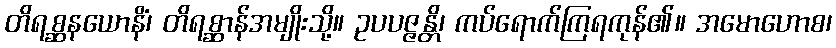
တိရစ္ဆနယောနိံ၊ တိရစ္ဆာန်အမျိုးသို့။ ဥပပဇ္ဇန္တိ၊ ကပ်ရောက်ကြရကုန်၏။ အမောဟောစ၊